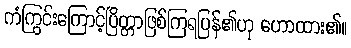
ကံကြွင်းကြောင့်ပြိတ္တာဖြစ်ကြရပြန်၏ဟု ဟောထား၏။